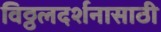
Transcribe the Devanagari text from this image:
विठ्ठलदर्शनासाठी